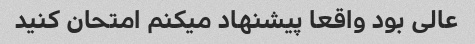
عالی بود واقعا پیشنهاد میکنم امتحان کنید